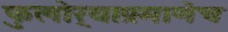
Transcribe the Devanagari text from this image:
फुलोर्‍याप्रमाणेच